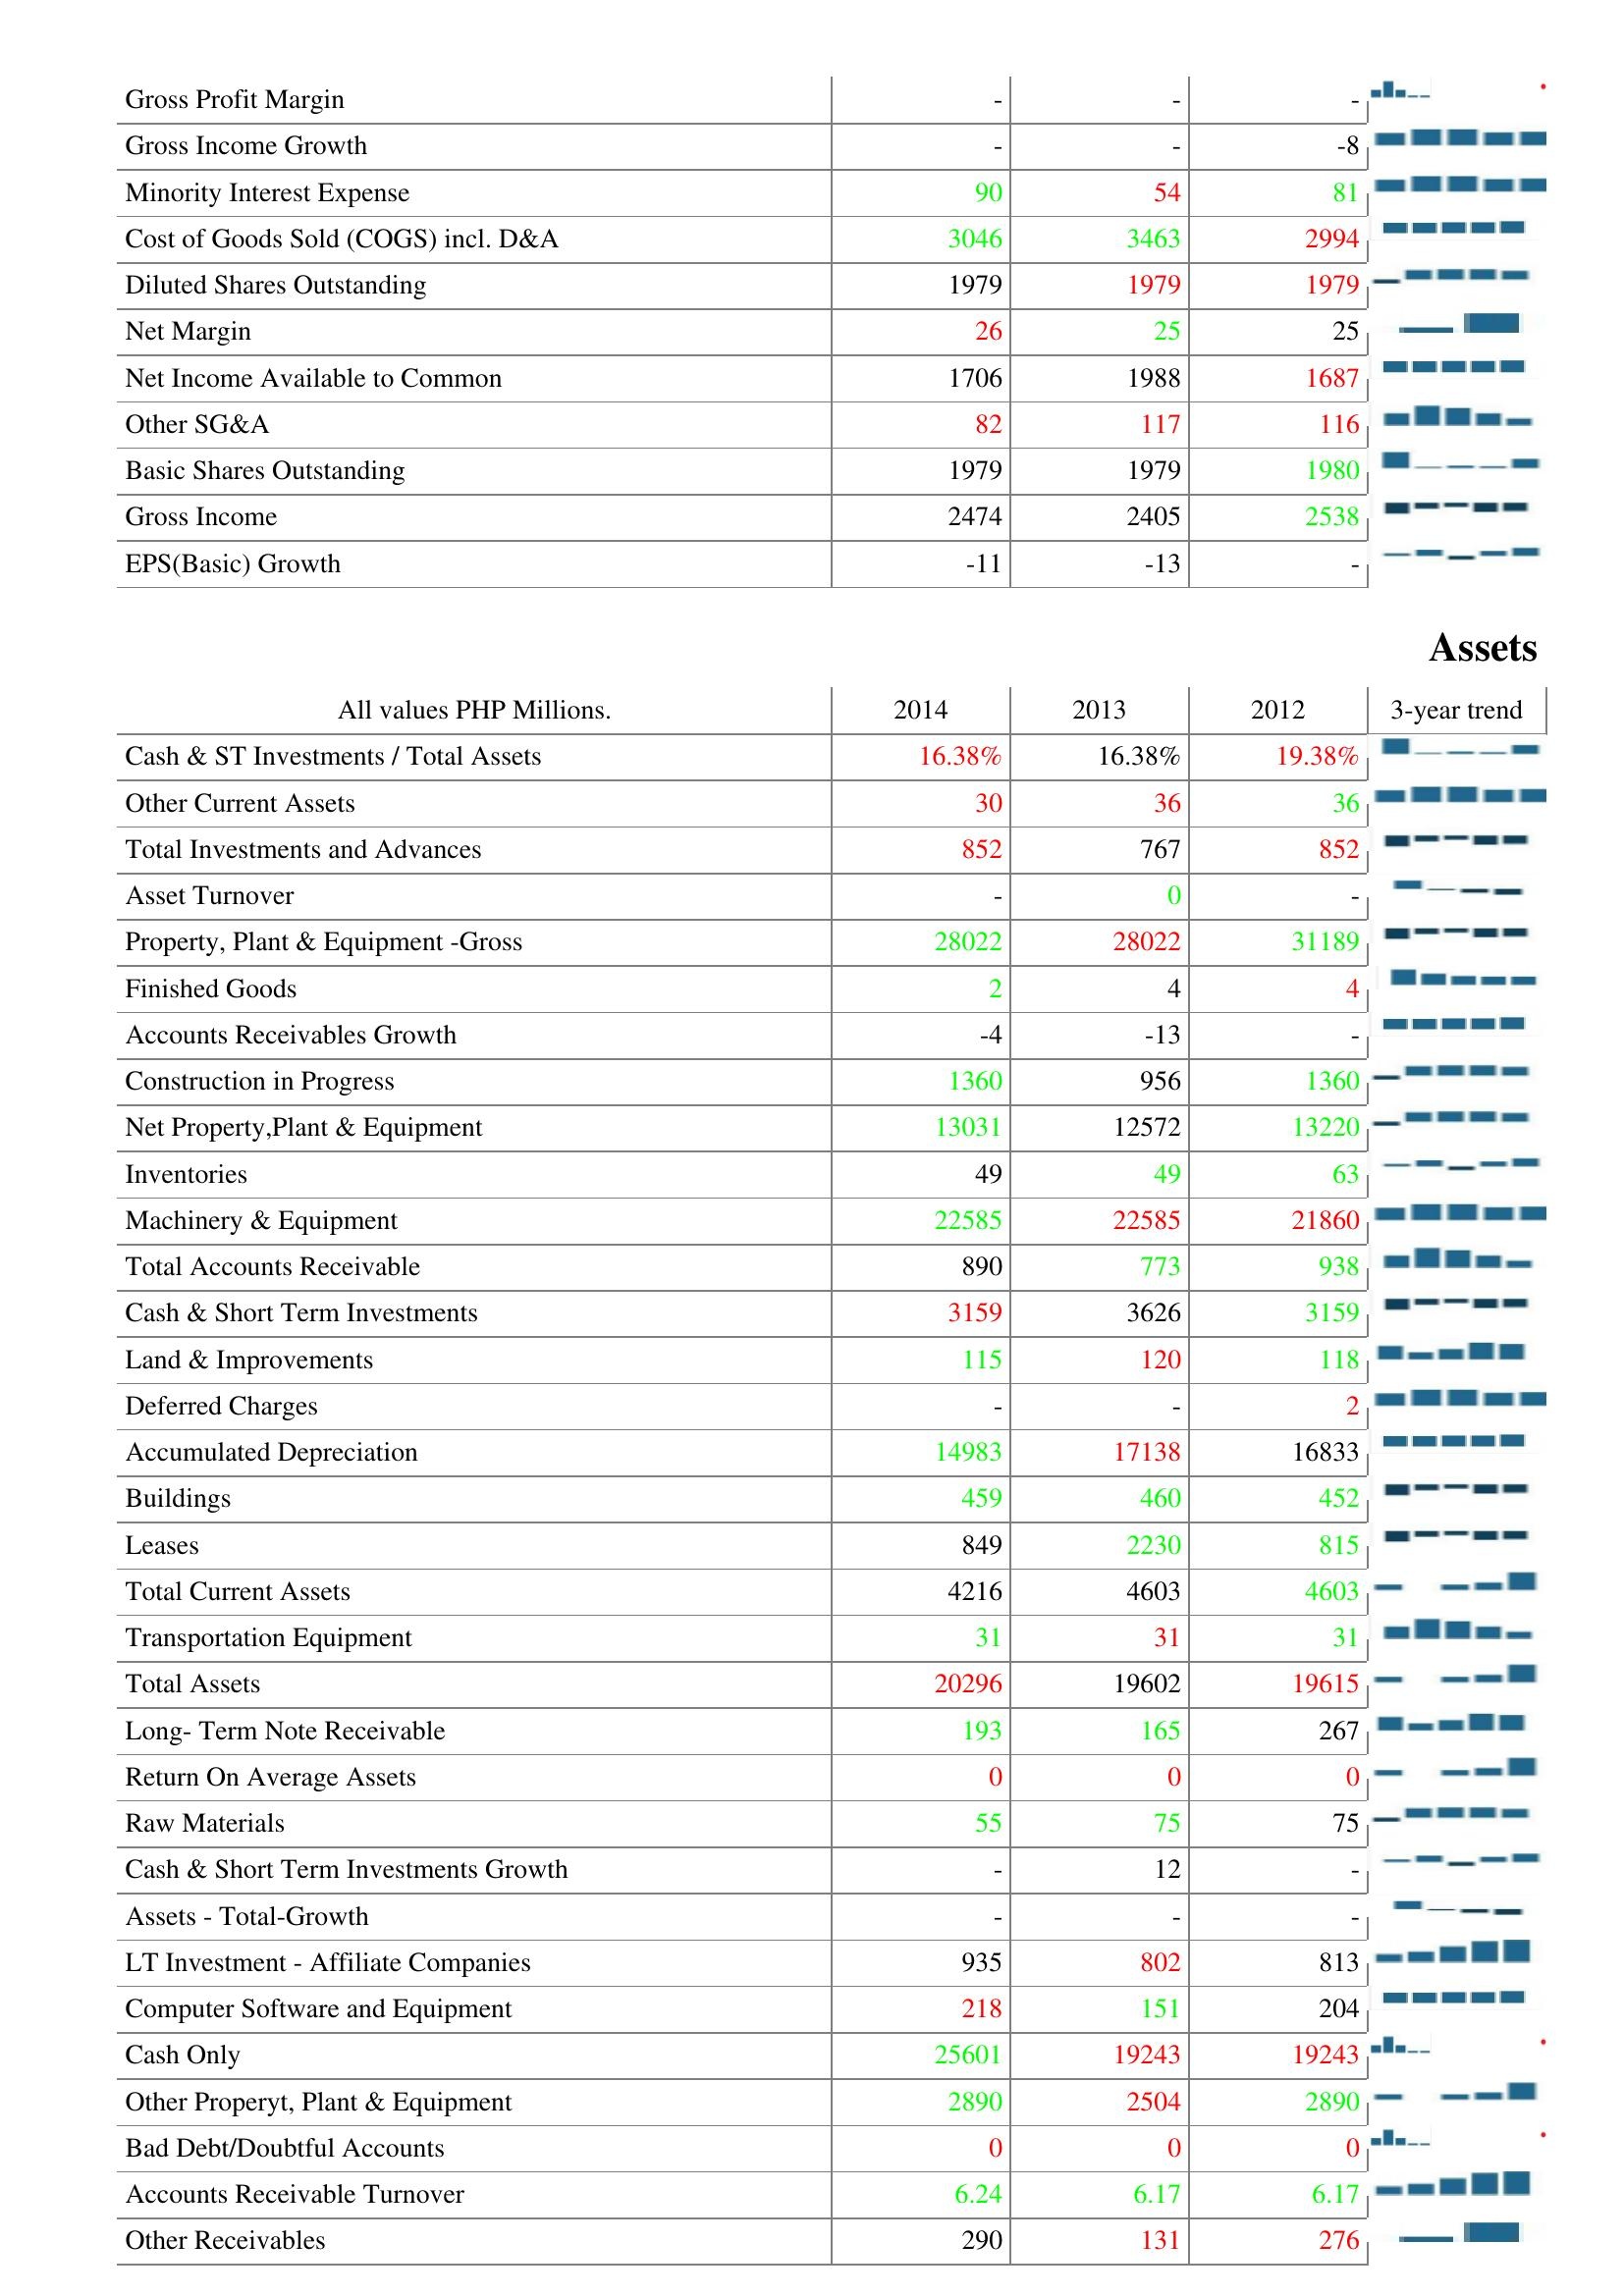
2014: : Gross Profit Margin: -
Gross Income Growth: -
Minority Interest Expense: 90
Cost of Goods Sold (COGS) incl. D&A: 3046
Diluted Shares Outstanding: 1979
Net Margin: 26
Net Income Available to Common: 1706
Other SG&A: 82
Basic Shares Outstanding: 1979
Gross Income: 2474
EPS(Basic) Growth: -11
Assets: Cash & ST Investments / Total Assets: 16.38%
Other Current Assets: 30
Total Investments and Advances: 852
Asset Turnover: -
Property, Plant & Equipment -Gross: 28022
Finished Goods: 2
Accounts Receivables Growth: -4
Construction in Progress: 1360
Net Property,Plant & Equipment: 13031
Inventories: 49
Machinery & Equipment: 22585
Total Accounts Receivable: 890
Cash & Short Term Investments: 3159
Land & Improvements: 115
Deferred Charges: -
Accumulated Depreciation: 14983
Buildings: 459
Leases: 849
Total Current Assets: 4216
Transportation Equipment: 31
Total Assets: 20296
Long- Term Note Receivable: 193
Return On Average Assets: 0
Raw Materials: 55
Cash & Short Term Investments Growth: -
Assets - Total-Growth: -
LT Investment - Affiliate Companies: 935
Computer Software and Equipment: 218
Cash Only: 25601
Other Properyt, Plant & Equipment: 2890
Bad Debt/Doubtful Accounts: 0
Accounts Receivable Turnover: 6.24
Other Receivables: 290
2013: : Gross Profit Margin: -
Gross Income Growth: -
Minority Interest Expense: 54
Cost of Goods Sold (COGS) incl. D&A: 3463
Diluted Shares Outstanding: 1979
Net Margin: 25
Net Income Available to Common: 1988
Other SG&A: 117
Basic Shares Outstanding: 1979
Gross Income: 2405
EPS(Basic) Growth: -13
Assets: Cash & ST Investments / Total Assets: 16.38%
Other Current Assets: 36
Total Investments and Advances: 767
Asset Turnover: 0
Property, Plant & Equipment -Gross: 28022
Finished Goods: 4
Accounts Receivables Growth: -13
Construction in Progress: 956
Net Property,Plant & Equipment: 12572
Inventories: 49
Machinery & Equipment: 22585
Total Accounts Receivable: 773
Cash & Short Term Investments: 3626
Land & Improvements: 120
Deferred Charges: -
Accumulated Depreciation: 17138
Buildings: 460
Leases: 2230
Total Current Assets: 4603
Transportation Equipment: 31
Total Assets: 19602
Long- Term Note Receivable: 165
Return On Average Assets: 0
Raw Materials: 75
Cash & Short Term Investments Growth: 12
Assets - Total-Growth: -
LT Investment - Affiliate Companies: 802
Computer Software and Equipment: 151
Cash Only: 19243
Other Properyt, Plant & Equipment: 2504
Bad Debt/Doubtful Accounts: 0
Accounts Receivable Turnover: 6.17
Other Receivables: 131
2012: : Gross Profit Margin: -
Gross Income Growth: -8
Minority Interest Expense: 81
Cost of Goods Sold (COGS) incl. D&A: 2994
Diluted Shares Outstanding: 1979
Net Margin: 25
Net Income Available to Common: 1687
Other SG&A: 116
Basic Shares Outstanding: 1980
Gross Income: 2538
EPS(Basic) Growth: -
Assets: Cash & ST Investments / Total Assets: 19.38%
Other Current Assets: 36
Total Investments and Advances: 852
Asset Turnover: -
Property, Plant & Equipment -Gross: 31189
Finished Goods: 4
Accounts Receivables Growth: -
Construction in Progress: 1360
Net Property,Plant & Equipment: 13220
Inventories: 63
Machinery & Equipment: 21860
Total Accounts Receivable: 938
Cash & Short Term Investments: 3159
Land & Improvements: 118
Deferred Charges: 2
Accumulated Depreciation: 16833
Buildings: 452
Leases: 815
Total Current Assets: 4603
Transportation Equipment: 31
Total Assets: 19615
Long- Term Note Receivable: 267
Return On Average Assets: 0
Raw Materials: 75
Cash & Short Term Investments Growth: -
Assets - Total-Growth: -
LT Investment - Affiliate Companies: 813
Computer Software and Equipment: 204
Cash Only: 19243
Other Properyt, Plant & Equipment: 2890
Bad Debt/Doubtful Accounts: 0
Accounts Receivable Turnover: 6.17
Other Receivables: 276